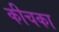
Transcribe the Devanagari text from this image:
कीचका